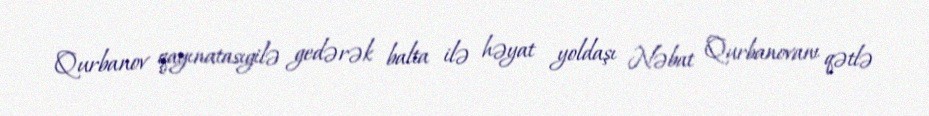
Qurbanov qayınatasıgilə gedərək balta ilə həyat yoldaşı Nəbat Qurbanovanı qətlə